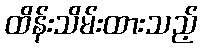
ထိန်းသိမ်းထားသည့်